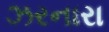
ઝરનારા